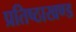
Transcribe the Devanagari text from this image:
प्रतिष्ठाखण्ड